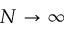
N \to \infty